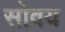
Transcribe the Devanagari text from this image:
सोवय